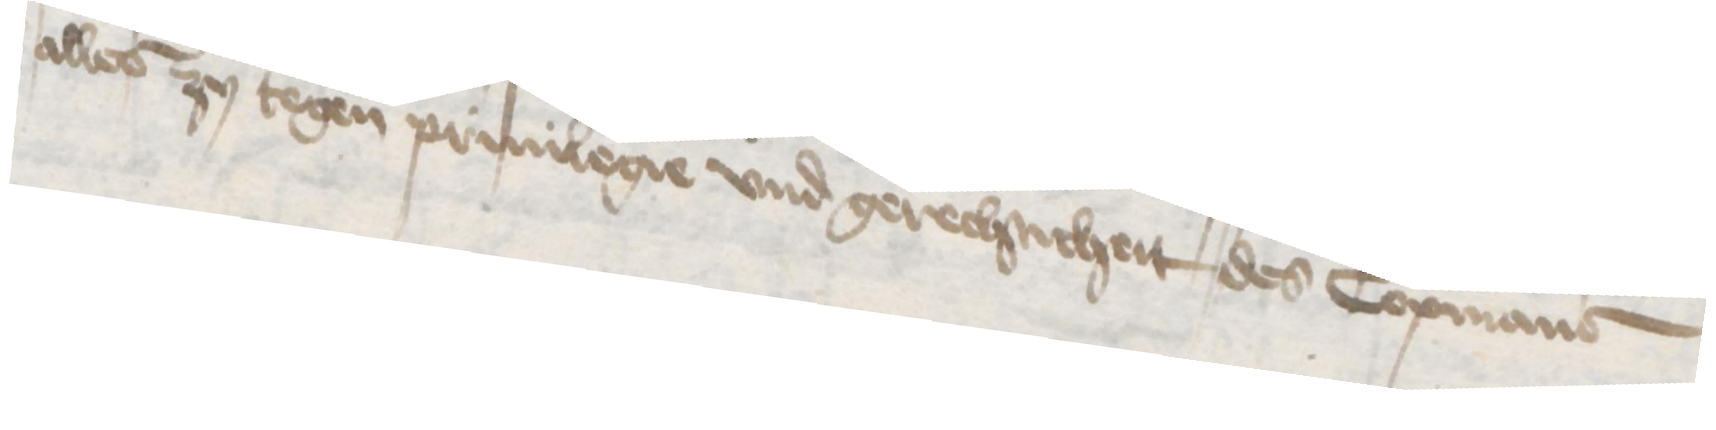
alles zu tegen priuilegie vnd gerechticheit des Copmans